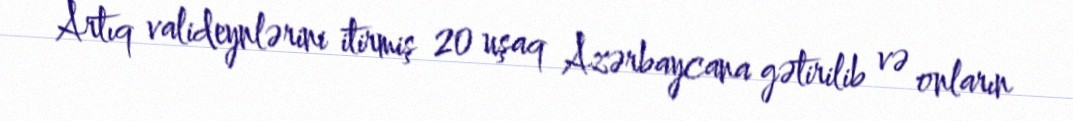
Artıq valideynlərini itirmiş 20 uşaq Azərbaycana gətirilib və onların